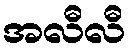
အလီလီ